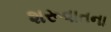
શરૂવાતના